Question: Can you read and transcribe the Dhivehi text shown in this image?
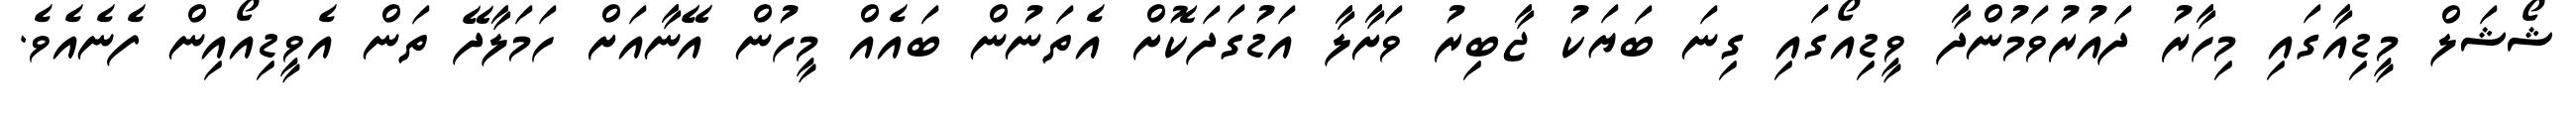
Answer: ޝޯޝަލް މީޑިއާގައި މިހާރު ދައުރުވަމުންދާ ވީޑިއޯގައި ގިނަ ބަޔަކު ޖާބިރު ވަށާލާ އަޑުގަދަކޮށް އެތަނުން ބައެއް މީހުން އޭނާއަށް ހަމަލާދޭ ތަން އެވީޑިއޯއިން ފެނެއެވެ.